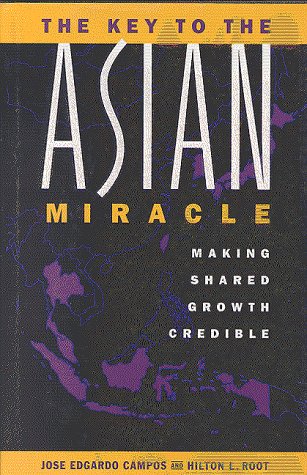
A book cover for The Key to the Asian Miracle: Making Shared Growth Credible; Jose Edgardo Campos; Business & Money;